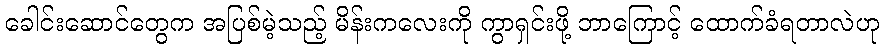
ခေါင်းဆောင်တွေက အပြစ်မဲ့သည့် မိန်းကလေးကို ကွာရှင်းဖို့ ဘာကြောင့် ထောက်ခံရတာလဲဟု